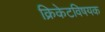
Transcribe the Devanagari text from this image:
क्रिकेटविषयक